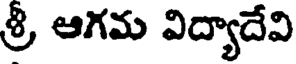
శ్రీ ఆగమ విద్యాదేవి